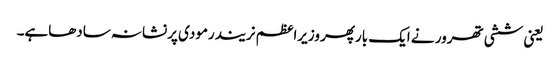
یعنی ششی تھرور نے ایک بارپھر وزیراعظم نریندرمودی پرنشانہ سادھاہے۔